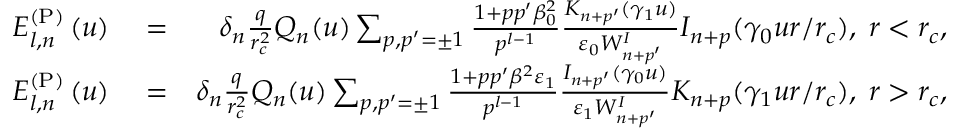
\begin{array} { r l r } { E _ { l , n } ^ { \mathrm { ( P ) } } \left( u \right) } & { { } = } & { \delta _ { n } \frac { q } { r _ { c } ^ { 2 } } Q _ { n } ( u ) \sum _ { p , p ^ { \prime } = \pm 1 } \frac { 1 + p p ^ { \prime } \beta _ { 0 } ^ { 2 } } { p ^ { l - 1 } } \frac { K _ { n + p ^ { \prime } } ( \gamma _ { 1 } u ) } { \varepsilon _ { 0 } W _ { n + p ^ { \prime } } ^ { I } } I _ { n + p } ( \gamma _ { 0 } u r / r _ { c } ) , \; r < r _ { c } , } \\ { E _ { l , n } ^ { \mathrm { ( P ) } } \left( u \right) } & { { } = } & { \delta _ { n } \frac { q } { r _ { c } ^ { 2 } } Q _ { n } ( u ) \sum _ { p , p ^ { \prime } = \pm 1 } \frac { 1 + p p ^ { \prime } \beta ^ { 2 } \varepsilon _ { 1 } } { p ^ { l - 1 } } \frac { I _ { n + p ^ { \prime } } ( \gamma _ { 0 } u ) } { \varepsilon _ { 1 } W _ { n + p ^ { \prime } } ^ { I } } K _ { n + p } ( \gamma _ { 1 } u r / r _ { c } ) , \; r > r _ { c } , } \end{array}